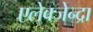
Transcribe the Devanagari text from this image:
एलेक्जेन्द्रा